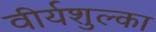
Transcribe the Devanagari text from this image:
वीर्यशुल्का